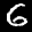
Label: 6